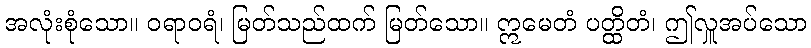
အလုံးစုံသော။ ဝရာဝရံ၊ မြတ်သည်ထက် မြတ်သော။ ဣမေတံ ပတ္ထိတံ၊ ဤလှူအပ်သော